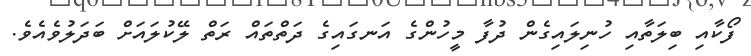
ފޯކާއި ބިލަތާއި ހުނިލައިގެން ދުފާ މީހުންގެ އަނގައިގެ ދަތްތައް ރަތް ލޭކުލައަށް ބަދަލުވެއެވެ.